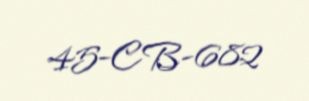
45-CB-682